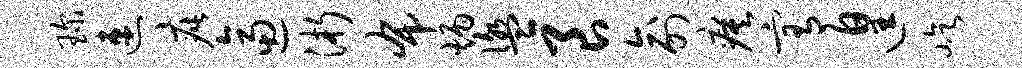
琛速疵逼浙布炳盥良俞瘼宥遑屹